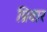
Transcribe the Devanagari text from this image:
प्रिवार